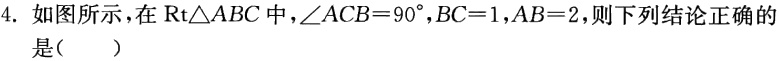
4. 如图所示，在$\text{Rt}\triangle ABC$中，$\angle ACB = 90^{\circ}$，$BC = 1$，$AB = 2$，则下列结论正确的（  ）